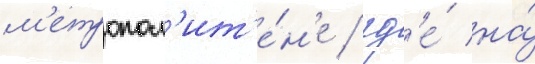
м'етропол'ит'е́н'е / гд'е́ на́